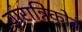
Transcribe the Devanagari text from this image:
वारान्निकोव